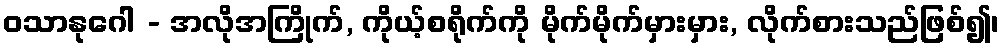
ဝသာနုဂေါ - အလိုအကြိုက်, ကိုယ့်စရိုက်ကို မိုက်မိုက်မှားမှား, လိုက်စားသည်ဖြစ်၍၊